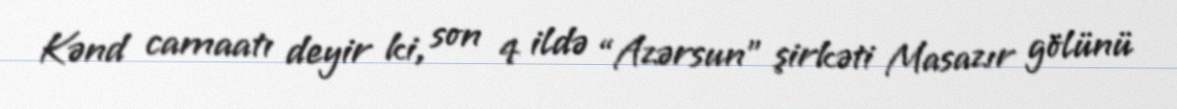
Kənd camaatı deyir ki, son 4 ildə “Azərsun” şirkəti Masazır gölünü